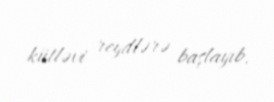
kütləvi reydlərə başlayıb.